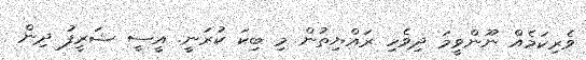
ވެރިކަމެއް ނޫންވީމަ ދިވެހި ރައްޔިތުން މި ބިކަ ކުރަނީ. އީސީ ޝަރީފު ދިން